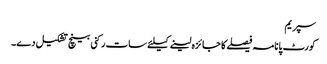
سپریم
کورٹ پانامہ فیصلے کا جائزہ لینے کیلئے سات رکنی بینچ تشکیل دے۔